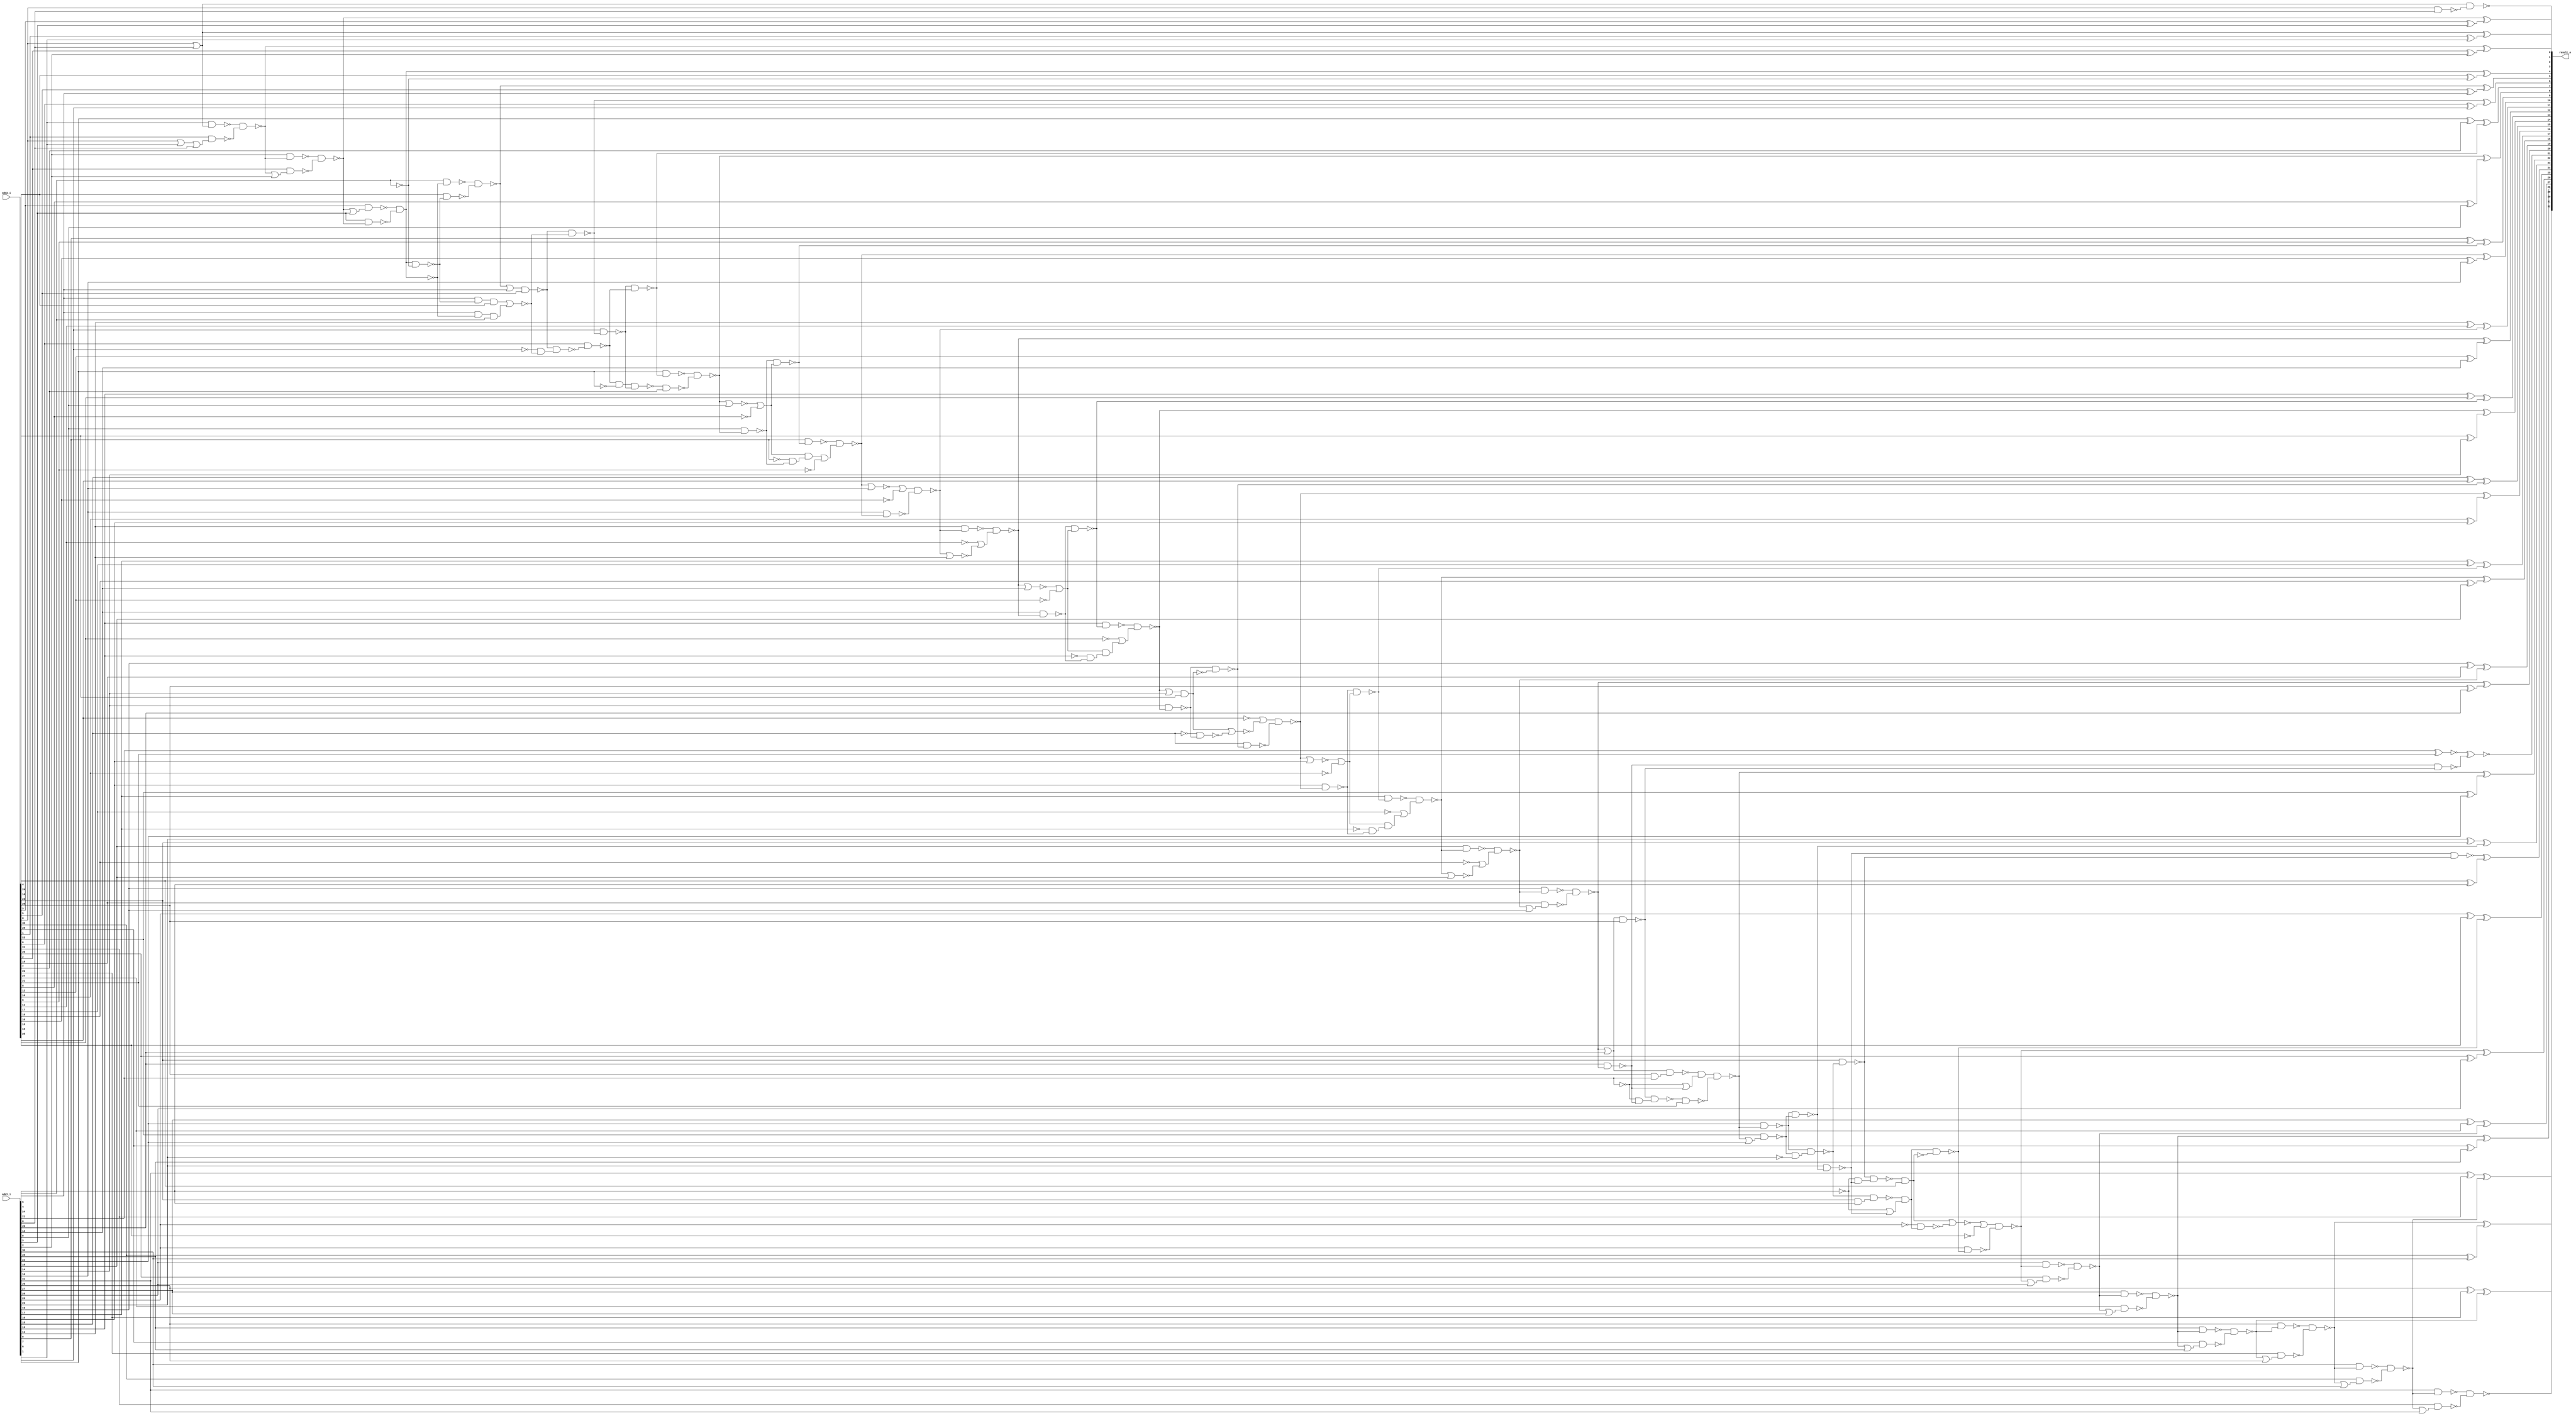
module carry_lookahead_adder32 ( add1_i, add2_i, result_o );
  input [31:0] add1_i;
  input [31:0] add2_i;
  output [32:0] result_o;
  wire   n655, n656, n658, n659, n660, n662, n663, n664, n665, n666, n668,
         n669, n670, n671, n672, n673, n675, n676, n677, n678, n679, n680,
         n681, n682, n683, n684, n685, n687, n688, n689, n690, n691, n692,
         n693, n694, n695, n697, n698, n699, n700, n701, n702, n703, n705,
         n707, n708, n711, n712, n714, n715, n717, n718, n719, n720, n721,
         n722, n723, n724, n725, n726, n727, n728, n729, n730, n731, n732,
         n733, n734, n735, n736, n737, n739, n740, n742, n743, n744, n745,
         n747, n749, n750, n752, n753, n754, n755, n757, n759, n760, n761,
         n762, n763, n764, n765, n767, n769, n770, n772, n773, n774, n775,
         n777, n779, n780, n782, n783, n784, n785, n787, n788, n790, n791,
         n792, n793, n794, n795, n798, n799, n802, n803, n804, n805, n806,
         n807, n808, n809, n810, n811, n812, n813, n814, n815, n816, n817,
         n818, n819, n820, n821, n822, n823, n824, n825, n826, n827, n828,
         n829, n830, n831, n832, n833, n834, n835, n836, n837, n838, n839,
         n840, n841, n842, n843, n844, n845, n846, n847, n848, n849, n850,
         n851, n852, n853, n854, n855, n856, n857, n858, n859, n860, n861,
         n862, n863, n864, n865, n866, n867, n868, n869, n870, n871, n872,
         n873, n874, n875, n876, n877, n878, n879, n880, n881, n882, n883,
         n884, n885, n886, n887, n888, n889, n890, n891;

  xor U672 ( result_o[8], n659, n660);
  xor U673 ( n660, add2_i[8], add1_i[8]);
  xor U674 ( result_o[6], n663, n664);
  xor U675 ( n664, add2_i[6], add1_i[6]);
  xor U676 ( result_o[5], n665, n666);
  xor U677 ( n666, add2_i[5], add1_i[5]);
  xor U678 ( result_o[3], n668, n669);
  xor U679 ( n669, add2_i[3], add1_i[3]);
  xor U680 ( result_o[30], n678, n679);
  xor U681 ( n679, add2_i[30], add1_i[30]);
  xor U682 ( result_o[2], n684, n685);
  xor U683 ( n685, add2_i[2], add1_i[2]);
  xor U684 ( result_o[28], n690, n691);
  xor U685 ( n691, add2_i[28], add1_i[28]);
  xor U686 ( result_o[26], n700, n701);
  xor U687 ( n701, add2_i[26], add1_i[26]);
  xor U688 ( result_o[24], n872, n711);
  xor U689 ( n711, add2_i[24], add1_i[24]);
  xor U690 ( result_o[22], n720, n721);
  xor U691 ( n721, add2_i[22], add1_i[22]);
  xor U692 ( result_o[20], n730, n731);
  xor U693 ( n731, add2_i[20], add1_i[20]);
  xor U694 ( result_o[1], n736, n737);
  xor U695 ( n737, add2_i[1], add1_i[1]);
  xor U696 ( result_o[18], n742, n743);
  xor U697 ( n743, add2_i[18], add1_i[18]);
  xor U698 ( result_o[16], n752, n753);
  xor U699 ( n753, add2_i[16], add1_i[16]);
  xor U700 ( result_o[14], n762, n763);
  xor U701 ( n763, add2_i[14], add1_i[14]);
  xor U702 ( result_o[12], n772, n773);
  xor U703 ( n773, add2_i[12], add1_i[12]);
  xor U704 ( result_o[10], n782, n783);
  xor U705 ( n783, add2_i[10], add1_i[10]);
  or U706 ( n736, add2_i[0], add1_i[0]);
  not U707 ( n830, add2_i[8]);
  not U708 ( n826, add2_i[12]);
  not U709 ( n832, add2_i[16]);
  not U710 ( n828, add2_i[9]);
  not U711 ( n836, add2_i[11]);
  not U712 ( n838, add2_i[17]);
  not U713 ( n834, add2_i[18]);
  nand U714 ( n665, n814, n815);
  nand U715 ( n814, add1_i[4], n803);
  nand U716 ( n815, add2_i[4], n802);
  or U717 ( n816, add2_i[0], add1_i[1]);
  or U718 ( n817, n827, n826);
  and U719 ( n889, n817, n818);
  and U720 ( n818, n819, n769);
  not U721 ( n819, add1_i[13]);
  or U722 ( n820, n833, n832);
  and U723 ( n839, n820, n821);
  and U724 ( n821, n822, n749);
  not U725 ( n822, add1_i[17]);
  or U726 ( n823, n831, n830);
  and U727 ( n829, n823, n824);
  and U728 ( n824, n825, n787);
  not U729 ( n825, add1_i[9]);
  or U730 ( n770, n826, n827);
  nor U731 ( n827, n772, add1_i[12]);
  or U732 ( n785, n829, n828);
  not U733 ( n864, add2_i[10]);
  or U734 ( n788, n830, n831);
  nor U735 ( n831, n659, add1_i[8]);
  or U736 ( n750, n832, n833);
  nor U737 ( n833, n752, add1_i[16]);
  or U738 ( n740, n834, n835);
  nor U739 ( n835, n742, add1_i[18]);
  not U740 ( n888, add2_i[13]);
  not U741 ( n890, add2_i[15]);
  not U742 ( n875, add2_i[25]);
  or U743 ( n775, n836, n837);
  nor U744 ( n837, n777, add1_i[11]);
  or U745 ( n745, n838, n839);
  xor U746 ( result_o[31], n840, n673);
  xor U747 ( n840, add1_i[31], add2_i[31]);
  xor U748 ( result_o[27], n841, n695);
  xor U749 ( n841, add1_i[27], add2_i[27]);
  xor U750 ( result_o[29], n842, n683);
  xor U751 ( n842, add1_i[29], add2_i[29]);
  xor U752 ( result_o[23], n843, n715);
  xor U753 ( n843, add1_i[23], add2_i[23]);
  xor U754 ( result_o[25], n844, n705);
  xor U755 ( n844, add1_i[25], add2_i[25]);
  not U756 ( n655, add1_i[4]);
  nor U757 ( n845, n846, n847);
  and U758 ( n846, add1_i[5], n802, add2_i[4]);
  and U759 ( n847, add1_i[5], n803, add1_i[4]);
  or U760 ( n729, n730, add1_i[20]);
  or U761 ( n799, n665, add1_i[5]);
  nor U762 ( n876, n848, n849);
  and U763 ( n848, n871, add2_i[24]);
  nand U764 ( n849, n861, n707);
  nor U765 ( n891, n850, n851);
  and U766 ( n850, n761, add2_i[14]);
  nand U767 ( n851, n860, n759);
  xor U768 ( result_o[17], n852, n747);
  xor U769 ( n852, add1_i[17], add2_i[17]);
  xor U770 ( result_o[19], n853, n735);
  xor U771 ( n853, add1_i[19], add2_i[19]);
  xor U772 ( result_o[15], n854, n757);
  xor U773 ( n854, add1_i[15], add2_i[15]);
  xnor U774 ( n726, add1_i[21], add2_i[21]);
  xor U775 ( result_o[13], n855, n767);
  xor U776 ( n855, add1_i[13], add2_i[13]);
  xor U777 ( result_o[9], n856, n658);
  xor U778 ( n856, add1_i[9], add2_i[9]);
  xor U779 ( result_o[11], n857, n777);
  xor U780 ( n857, add1_i[11], add2_i[11]);
  xor U781 ( result_o[7], n858, n662);
  xor U782 ( n858, add1_i[7], add2_i[7]);
  xor U783 ( result_o[4], n656, n859);
  xor U784 ( n859, add2_i[4], n655);
  not U785 ( n860, add1_i[15]);
  not U786 ( n861, add1_i[25]);
  nand U787 ( n714, n717, n862);
  and U788 ( n862, n718, n863);
  not U789 ( n863, add1_i[23]);
  or U790 ( n780, n865, n864);
  nor U791 ( n865, n782, add1_i[10]);
  nand U792 ( n866, n714, n869);
  and U793 ( n707, n866, n867);
  or U794 ( n867, n868, n712);
  not U795 ( n868, add1_i[24]);
  and U796 ( n869, add2_i[23], add1_i[24]);
  nand U797 ( n870, add2_i[23], n714);
  nand U798 ( n708, n871, add2_i[24]);
  nand U799 ( n871, n873, n874);
  nand U800 ( n872, n712, n870);
  nand U801 ( n873, n714, add2_i[23]);
  and U802 ( n874, n868, n712);
  or U803 ( n703, n876, n875);
  nand U804 ( n877, n729, n880);
  and U805 ( n722, n877, n878);
  or U806 ( n878, n879, n727);
  not U807 ( n879, add1_i[21]);
  and U808 ( n880, add2_i[20], add1_i[21]);
  nand U809 ( n881, n729, add2_i[20]);
  nand U810 ( n724, n881, n882);
  and U811 ( n882, n879, n727);
  nand U812 ( n725, n727, n728);
  nand U813 ( n805, add2_i[3], n806);
  nand U814 ( n792, n883, n793);
  and U815 ( n883, n794, n884);
  not U816 ( n884, add1_i[7]);
  nand U817 ( n662, n793, n794);
  nand U818 ( n885, n799, add2_i[5]);
  nand U819 ( n795, n885, n886);
  and U820 ( n886, n887, n845);
  not U821 ( n887, add1_i[6]);
  nand U822 ( n813, add2_i[0], add1_i[0]);
  nand U823 ( n663, n798, n845);
  nand U824 ( n676, add2_i[30], n677);
  nand U825 ( n798, n799, add2_i[5]);
  nand U826 ( n688, add2_i[28], n689);
  nand U827 ( n683, n687, n688);
  nand U828 ( n747, n749, n750);
  nand U829 ( n767, n769, n770);
  or U830 ( n765, n888, n889);
  or U831 ( n755, n890, n891);
  nand U832 ( n811, add2_i[1], n812);
  nand U833 ( n684, n810, n811);
  nand U834 ( n658, n787, n788);
  nand U835 ( n705, n707, n708);
  nand U836 ( result_o[32], n670, n671);
  nand U837 ( n695, n697, n698);
  nand U838 ( n718, add2_i[22], n719);
  nand U839 ( n727, add1_i[20], n730);
  nand U840 ( n760, add2_i[14], n761);
  nand U841 ( n769, add1_i[12], n772);
  nand U842 ( n787, add1_i[8], n659);
  nand U843 ( n794, add2_i[6], n795);
  nand U844 ( n804, add1_i[3], n668);
  or U845 ( n806, n668, add1_i[3]);
  nand U846 ( n807, add1_i[2], n684);
  or U847 ( n809, n684, add1_i[2]);
  nand U848 ( n728, add2_i[20], n729);
  nand U849 ( n671, add2_i[31], n672);
  nand U850 ( n698, add2_i[26], n699);
  nand U851 ( n700, n703, n702);
  nand U852 ( n752, n755, n754);
  nand U853 ( n668, n807, n808);
  nand U854 ( n808, add2_i[2], n809);
  nand U855 ( n730, n732, n733);
  nand U856 ( n733, add2_i[19], n734);
  nand U857 ( n772, n774, n775);
  nand U858 ( n659, n790, n791);
  nand U859 ( n791, n792, add2_i[7]);
  nand U860 ( n675, add1_i[30], n678);
  or U861 ( n677, n678, add1_i[30]);
  nand U862 ( n687, add1_i[28], n690);
  or U863 ( n689, n690, add1_i[28]);
  nand U864 ( n717, add1_i[22], n720);
  or U865 ( n719, n720, add1_i[22]);
  nand U866 ( n739, add1_i[18], n742);
  nand U867 ( n759, add1_i[14], n762);
  or U868 ( n761, n762, add1_i[14]);
  nand U869 ( n779, add1_i[10], n782);
  nand U870 ( n673, n675, n676);
  nand U871 ( n715, n717, n718);
  nand U872 ( n735, n739, n740);
  nand U873 ( n757, n759, n760);
  nand U874 ( n777, n780, n779);
  nand U875 ( n802, n656, n655);
  nand U876 ( n678, n680, n681);
  nand U877 ( n681, add2_i[29], n682);
  nand U878 ( n690, n692, n693);
  nand U879 ( n693, add2_i[27], n694);
  nand U880 ( n720, n722, n723);
  nand U881 ( n723, n724, add2_i[21]);
  nand U882 ( n742, n744, n745);
  nand U883 ( n762, n764, n765);
  nand U884 ( n782, n784, n785);
  nand U885 ( n803, n805, n804);
  nand U886 ( result_o[0], n736, n813);
  xnor U887 ( result_o[21], n726, n725);
  nand U888 ( n670, add1_i[31], n673);
  or U889 ( n672, n673, add1_i[31]);
  nand U890 ( n680, add1_i[29], n683);
  or U891 ( n682, n683, add1_i[29]);
  nand U892 ( n692, add1_i[27], n695);
  or U893 ( n694, n695, add1_i[27]);
  nand U894 ( n697, add1_i[26], n700);
  or U895 ( n699, n700, add1_i[26]);
  nand U896 ( n702, add1_i[25], n705);
  nand U897 ( n712, add1_i[23], n715);
  nand U898 ( n732, add1_i[19], n735);
  or U899 ( n734, n735, add1_i[19]);
  nand U900 ( n744, add1_i[17], n747);
  nand U901 ( n749, add1_i[16], n752);
  nand U902 ( n754, add1_i[15], n757);
  nand U903 ( n764, add1_i[13], n767);
  nand U904 ( n774, add1_i[11], n777);
  nand U905 ( n784, add1_i[9], n658);
  nand U906 ( n790, add1_i[7], n662);
  nand U907 ( n793, add1_i[6], n663);
  not U908 ( n656, n803);
  nand U909 ( n810, add1_i[1], n736);
  or U910 ( n812, n816, add1_i[0]);
endmodule